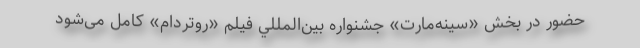
حضور در بخش «سینه‌مارت» جشنواره بين‌‌المللي فیلم «روتردام» کامل می‌شود